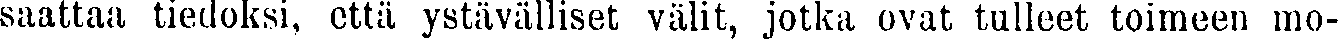
saattaa tiedoksi, että ystävälliset välit, jotka ovat tulleet toimeen mo-